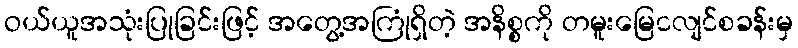
ဝယ်ယူအသုံးပြုခြင်းဖြင့် အတွေ့အကြုံရှိတဲ့ အနိစ္စကို တမူးမြေငလျင်စခန်းမှ